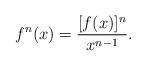
LaTeX: \begin{align*}f^n(x)=\frac{[f(x)]^n}{x^{n-1}}.\end{align*}